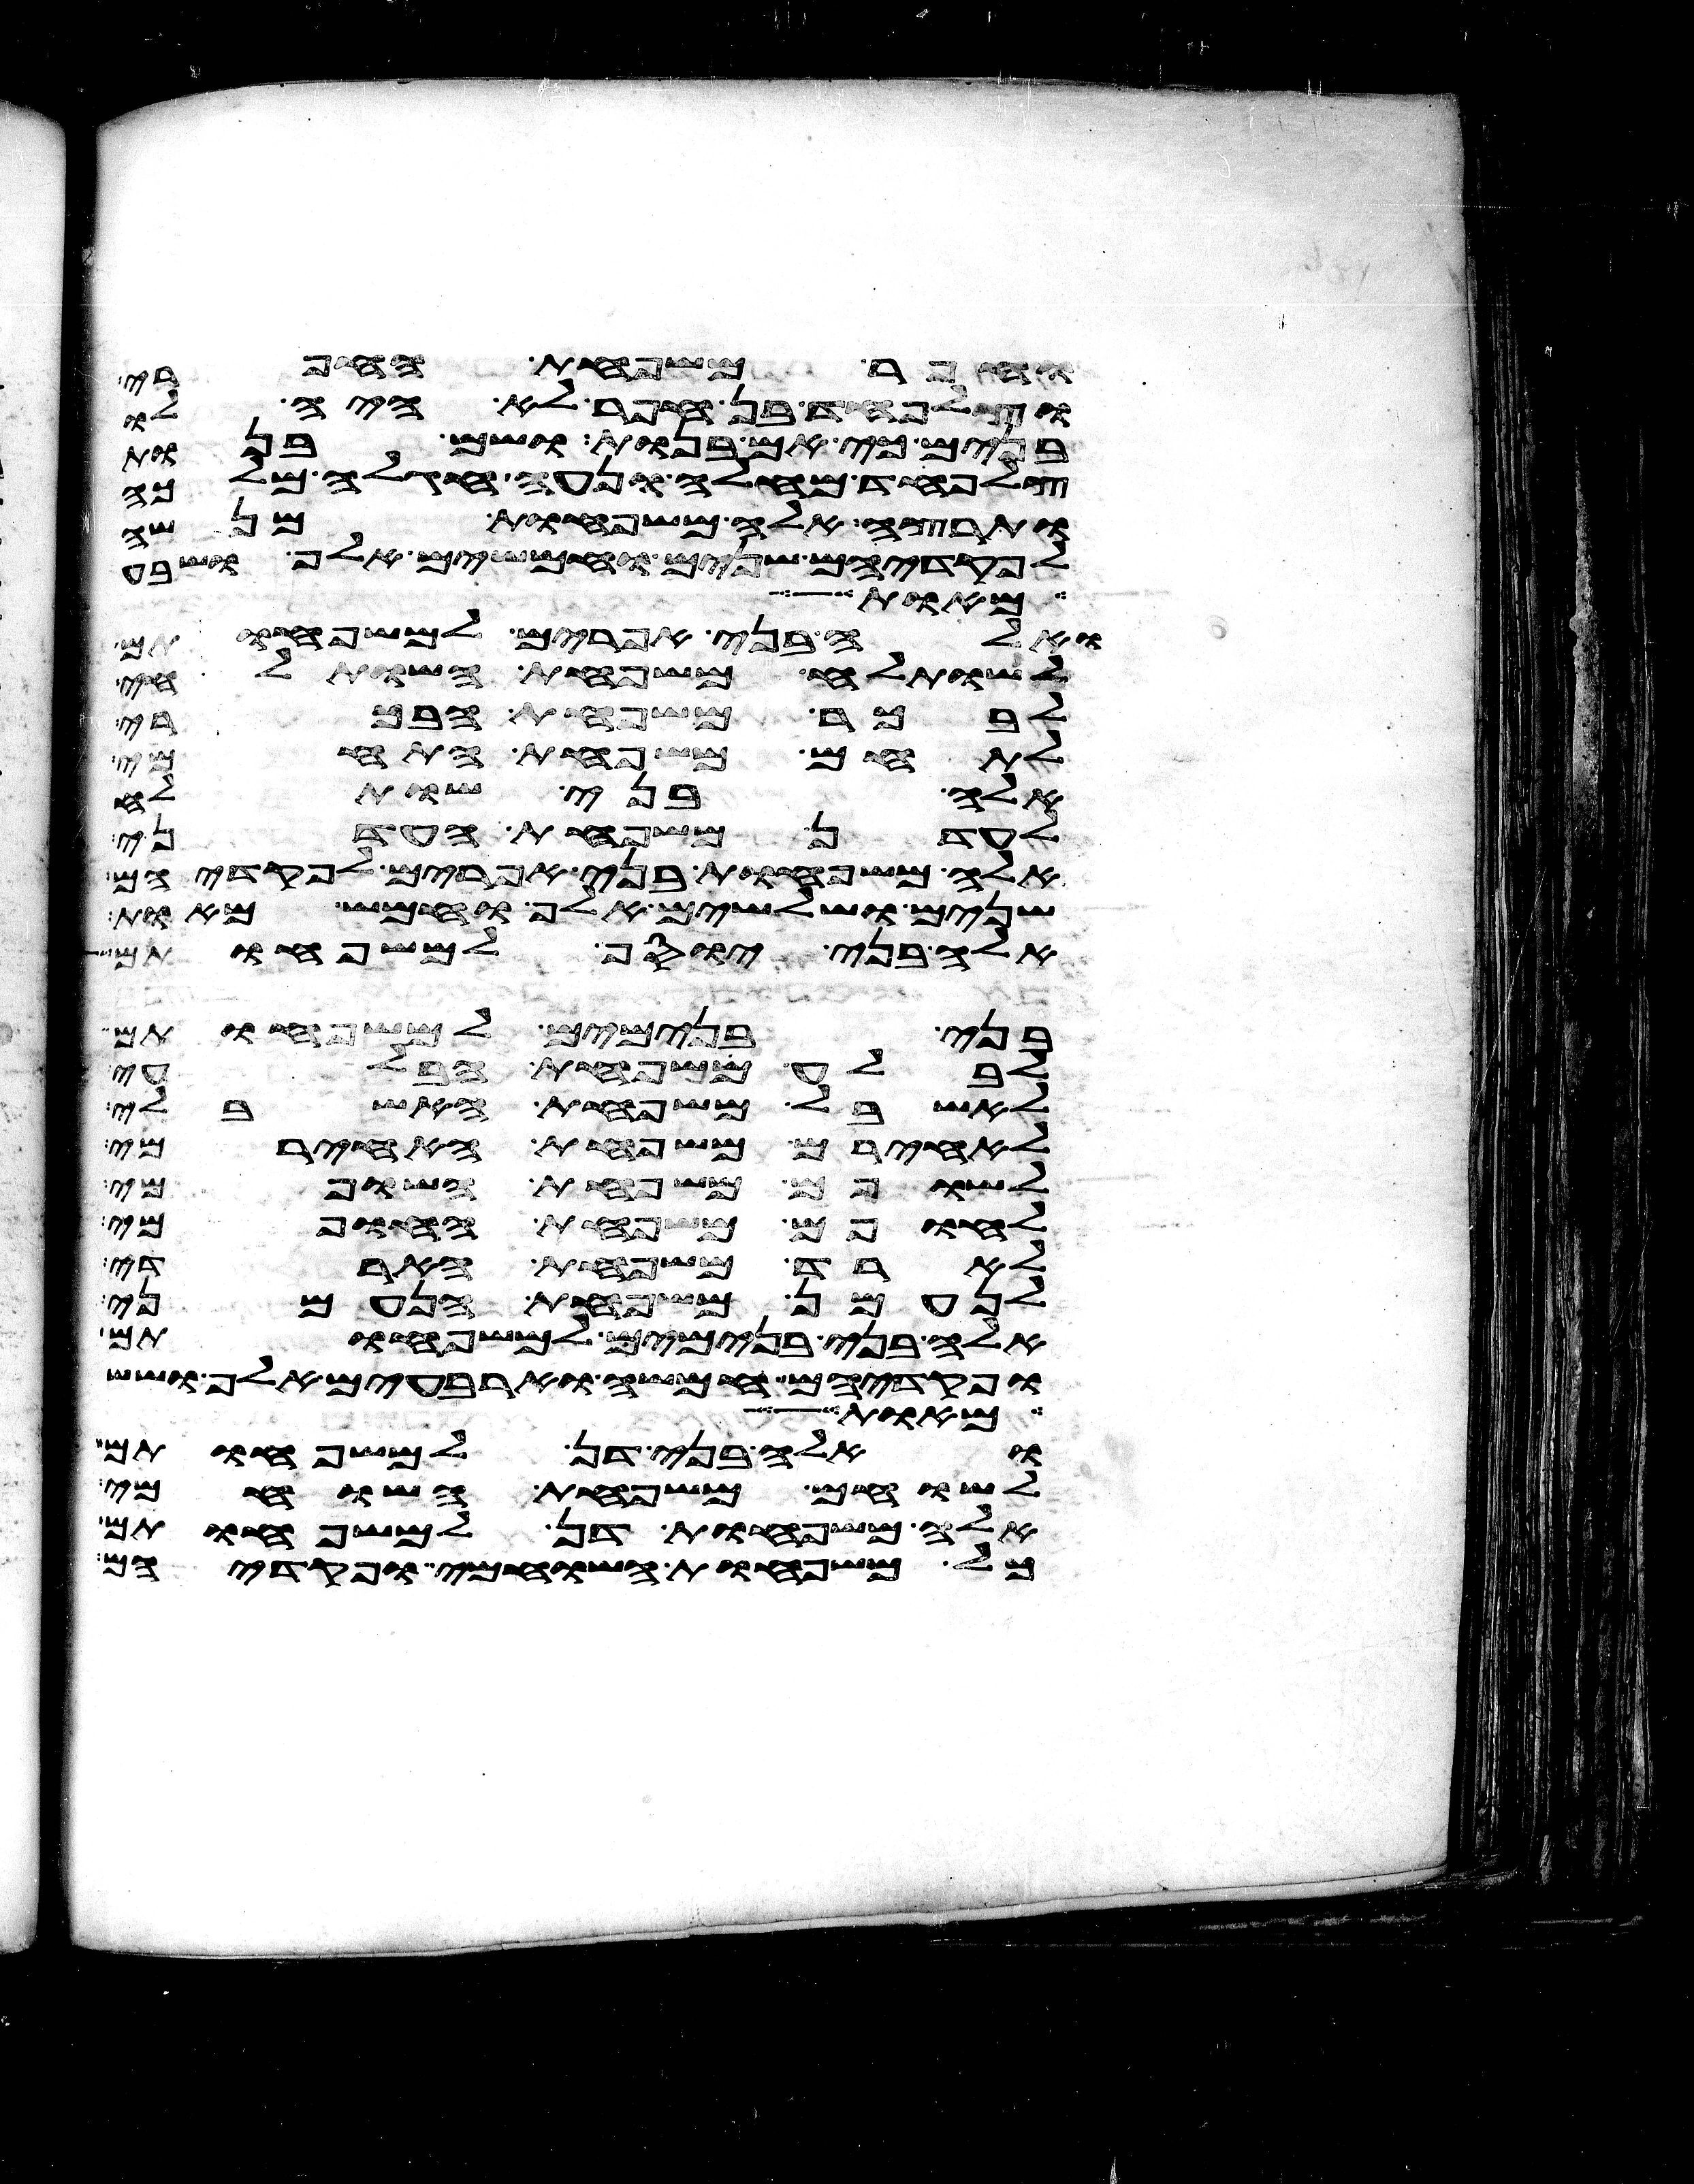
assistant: וחפר משפחת החפרי
וצלפחד בן חפר לא היה לו
בנים כי אם בנות ושם בנות
צלפחד מחלה ונעה חגלה מלכה
ותרצה אלה משפחות מנשה
לפקדיהם שנים וחמשים אלף ושבע
מאות
ואלה בני אפרים למשפחותם
לשותלח משפחת השותלחי
לבכר משפחת הבכרי
לתחם משפחת התחמי
אלה בני שותלח
לעדן משפחת העדני
אלה משפחות בני אפרים לפקדיהם
שנים ושלשים אלף וחמש מאות
אלה בני יוסף למשפחותם
בני בנימים למשפחותם
לבלע משפחת הבלעי
לאשבל משפחת האשבלי
לאחירם משפחת האחירמי
לשופם משפחת השופמי
לחופם משפחת החופמי
לארד משפחת הארדי
לנעמן משפחת הנעמני
אלה בני בנימים למשפחותם
ופקדיהם חמשה וארבעים אלף ושש
את גגו
ואלה בני דן למשפחותם
לשוחם משפחת השוחמי
אלה משפחות דן למשפחותם
כל משפחות השוחמי ופקדיהם